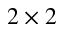
2 \times 2